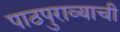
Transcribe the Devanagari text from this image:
पाठपुराव्याची